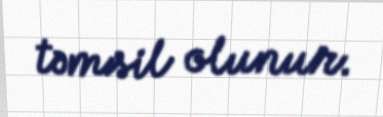
təmsil olunur.